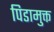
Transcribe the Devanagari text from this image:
पिडामुक्त